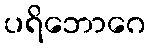
ပရိဘောဂေ